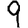
Digit: 9